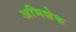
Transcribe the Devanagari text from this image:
अभिशेक